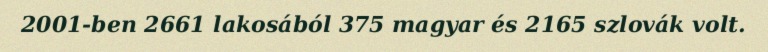
2001-ben 2661 lakosából 375 magyar és 2165 szlovák volt.